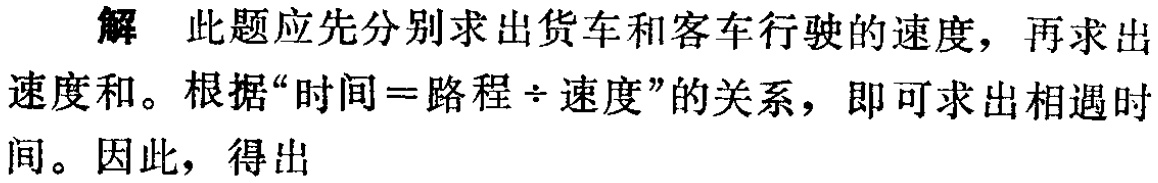
解 此题应先分别求出货车和客车行驶的速度，再求出速度和。根据“时间=路程÷速度”的关系，即可求出相遇时间。因此，得出